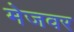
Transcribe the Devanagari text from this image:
मेजवर